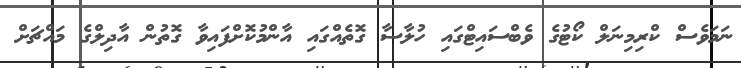
ނަމަވެސް ކްރިމިނަލް ކޯޓުގެ ވެބްސައިޓްގައި ހުލާސާ ގޮތެއްގައި އާންމުކޮށްފައިވާ ގޮތުން އާދިލްގެ މައްޗަށް